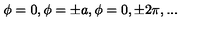
\phi = 0 , \phi = \pm a , \phi = 0 , \pm 2 \pi , . . .